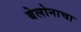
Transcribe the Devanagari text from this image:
बेलोनाचा